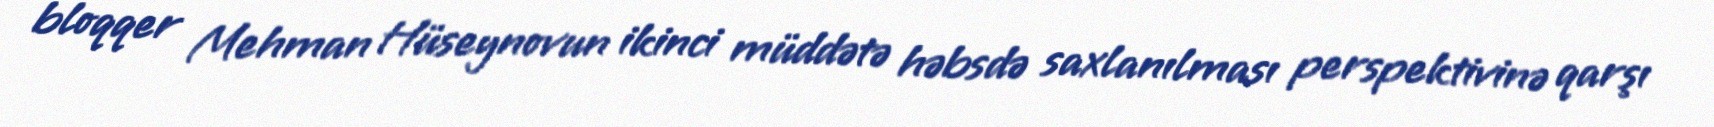
bloqqer Mehman Hüseynovun ikinci müddətə həbsdə saxlanılması perspektivinə qarşı